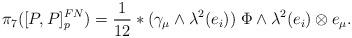
LaTeX: \begin{align*}\pi_7([P, P]_p^{FN}) = \frac1{12} \ast (\gamma_\mu \wedge \lambda^2(e_i))\; \Phi \wedge \lambda^2(e_i) \otimes e_\mu.\end{align*}